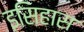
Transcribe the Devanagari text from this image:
इसिहास